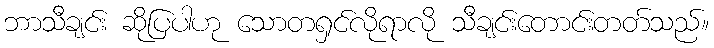
ဘာသီချင်း ဆိုပြပါဟု သောတရှင်လိုရာလို သီချင်းတောင်းတတ်သည်။